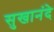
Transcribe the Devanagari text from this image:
सुखानंदे